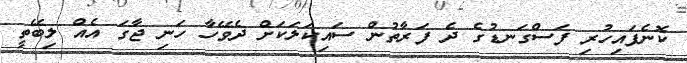
ކޮނެފައިހުރި ފަސްގަނޑުގެ ދެ ފަރާތުން ސައިކަލަކަށް ދެވޭހާ ހަނި ޖާގަ އެއް ލިބޭތީ